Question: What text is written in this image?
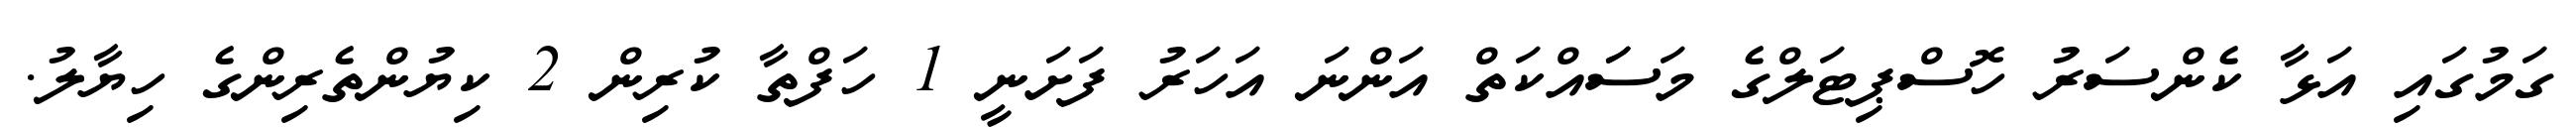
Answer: ގަމުގައި އަޅާ ކެންސަރު ހޮސްޕިޓަލްގެ މަސަައްކަތް އަންނަ އަހަރު ފަށަނީ 1 ހަފްތާ ކުރިން 2 ކިޔުންތެރިންގެ ހިޔާލު.